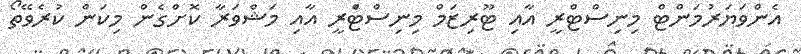
އެންވަޔަރުމަންޓް މިނިސްޓްރީ އާއި ޓޫރިޒަމް މިނިސްޓްެރީ އާއި މަޝްވަރާ ކޮށްގެން މިކަން ކުރެވޭތޯ